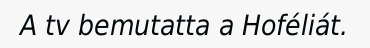
A tv bemutatta a Hoféliát.